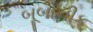
બૂબોનીક